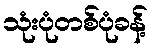
သုံးပုံတစ်ပုံခန့်